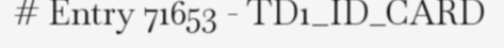
# Entry 71653 - TD1_ID_CARD